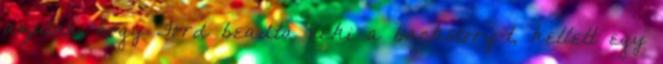
azután, hogy Ford beadta neki a backstory-t, kellett egy